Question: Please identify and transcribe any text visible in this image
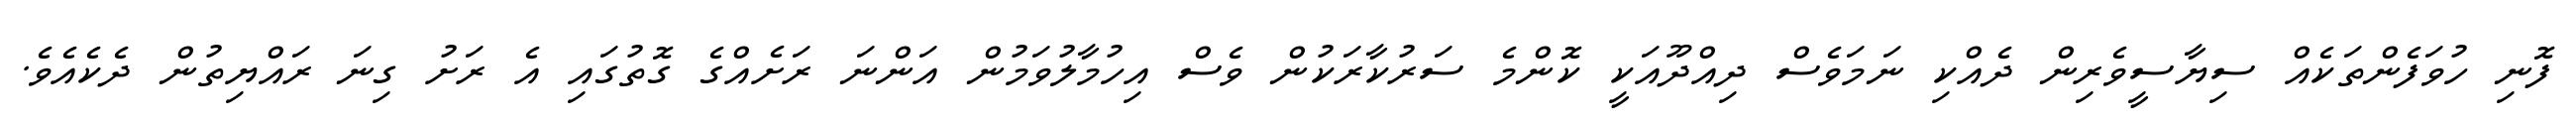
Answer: ފޮނި ހުވަފެންތަކެއް ސިޔާސީވެރިން ދެއްކި ނަމަވެސް ދިއްދޫއަކީ ކޮންމެ ސަރުކާރަކުން ވެސް އިހުމާލުވަމުން އަންނަ ރަށެއްގެ ގޮތުގައި އެ ރަށު ގިނަ ރައްޔިތުން ދެކެއެވެ.